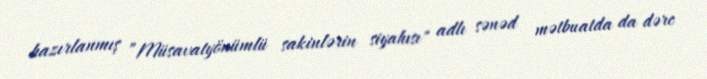
hazırlanmış ”Müsavatyönümlü sakinlərin siyahısı" adlı sənəd mətbuatda da dərc